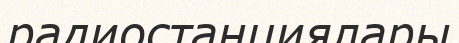
радиостанциялары